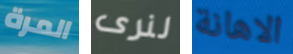
المرة لنرى الاهانة